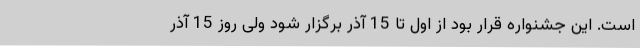
است. این جشنواره قرار بود از اول تا 15 آذر برگزار شود ولی روز 15 آذر